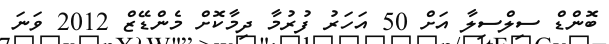
ބޮންޑް ސިލްސިލާ އަށް 50 އަހަރު ފުރުމާ ދިމާކޮށް މެންޑޭޒް 2012 ވަނަ